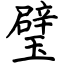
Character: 璧